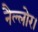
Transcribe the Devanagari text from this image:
नैल्‍लोर।